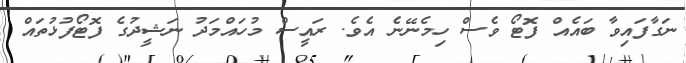
ނަގާފައިވާ ބައެއް ފޮޓޯ ވެސް ހިމެނޭނެ އެވެ. ރައީސް މުހައްމަދު ނަޝީދުގެ ފޮޓޯފުޅުތައް